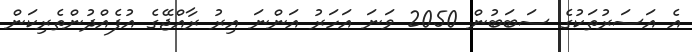
އެ އަސަރުތަކުގެ ސަބަބުން 2050 ވަނަ އަހަރު އަންނަ އިރު ރާއްޖޭގެ އުފެއްދުންތެރިކަން